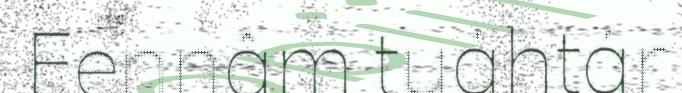
Eennâm tuáhtár